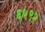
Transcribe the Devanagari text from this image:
६५९२